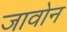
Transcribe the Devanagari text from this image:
जावोन